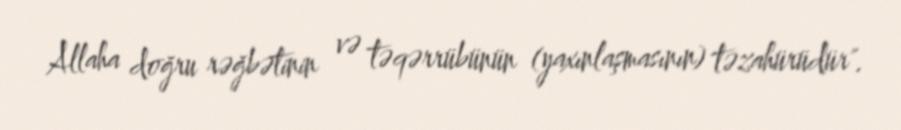
Allaha doğru rəğbətinin və təqərrübünün (yaxınlaşmasının) təzahürüdür".